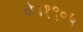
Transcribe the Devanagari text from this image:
थे।१९०५